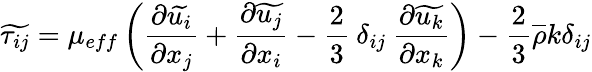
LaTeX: \widetilde{\tau_{ij}}=\mu_{eff}\left(\frac{\partial\widetilde{u_{i}}}{\partial x_{j}}+\frac{\partial\widetilde{u_{j}}}{\partial x_{i}}-\frac{2}{3}\: \delta_{ij}\: \frac{\partial\widetilde{u_{k}}}{\partial x_{k}}\right)-\frac{2}{3}\overline{{\rho}}k\delta_{ij}